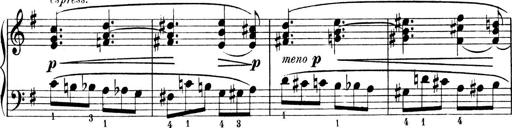
Title: 4 Sonatines
Composer: Max Reger